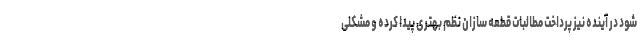
شود در آینده نیز پرداخت مطالبات قطعه سازان نظم بهتری پیدا کرده و مشکلی